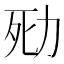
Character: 㱝